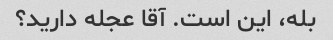
بله، این است. آقا عجله دارید؟